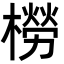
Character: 橯